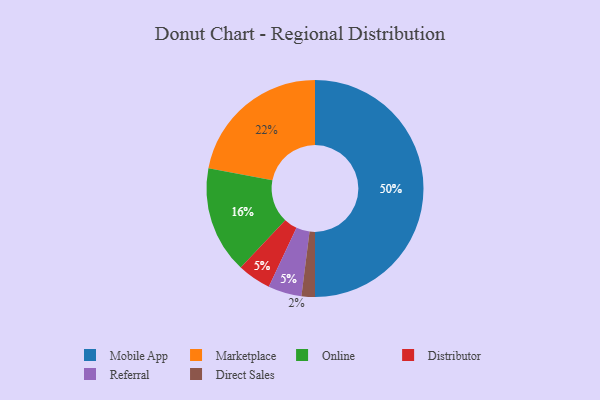
{"axis": {"x": "Category", "y": "Percentage"}, "legend": ["Direct Sales", "Distributor", "Marketplace", "Mobile App", "Online", "Referral"], "data": [{"x": "Distributor", "y": 5, "type": "Distributor"}, {"x": "Mobile App", "y": 50, "type": "Mobile App"}, {"x": "Referral", "y": 5, "type": "Referral"}, {"x": "Marketplace", "y": 22, "type": "Marketplace"}, {"x": "Online", "y": 16, "type": "Online"}, {"x": "Direct Sales", "y": 2, "type": "Direct Sales"}]}